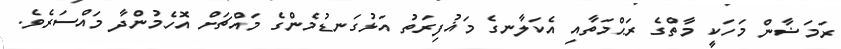
ރަމަޟާން މަހަކީ މާތްގެ ރަޙްމަތާއި އެކަލާނގެ މަޣުފިރަތު އަޅުގަނޑުމެންގެ މައްޗަށް އޮހެމުންދާ މައްސަރެވެ.